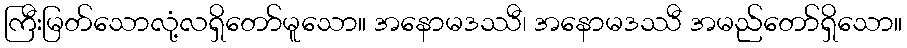
ကြီးမြတ်သောလုံ့လရှိတော်မူသော။ အနောမဒဿီ၊ အနောမဒဿီ အမည်တော်ရှိသော။